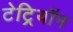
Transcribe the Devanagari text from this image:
टेट्रियॉन